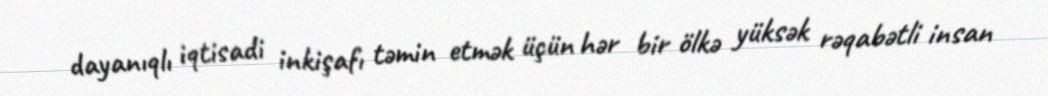
dayanıqlı iqtisadi inkişafı təmin etmək üçün hər bir ölkə yüksək rəqabətli insan